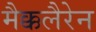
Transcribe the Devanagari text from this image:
मैक्कलैरेन